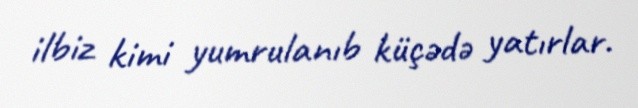
ilbiz kimi yumrulanıb küçədə yatırlar.